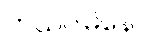
ဘယဂါမိနော